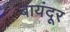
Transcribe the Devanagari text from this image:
बायंदूर